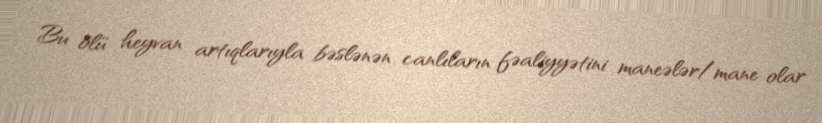
Bu ölü heyvan artıqlarıyla bəslənən canlıların fəaliyyətini maneələr/mane olar